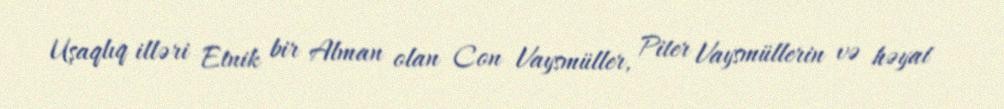
Uşaqlıq illəri Etnik bir Alman olan Con Vaysmüller, Piter Vaysmüllerin və həyat